Punjab Mental Hospital Lahore 1932-46 - 1932-1946
Year: 1932
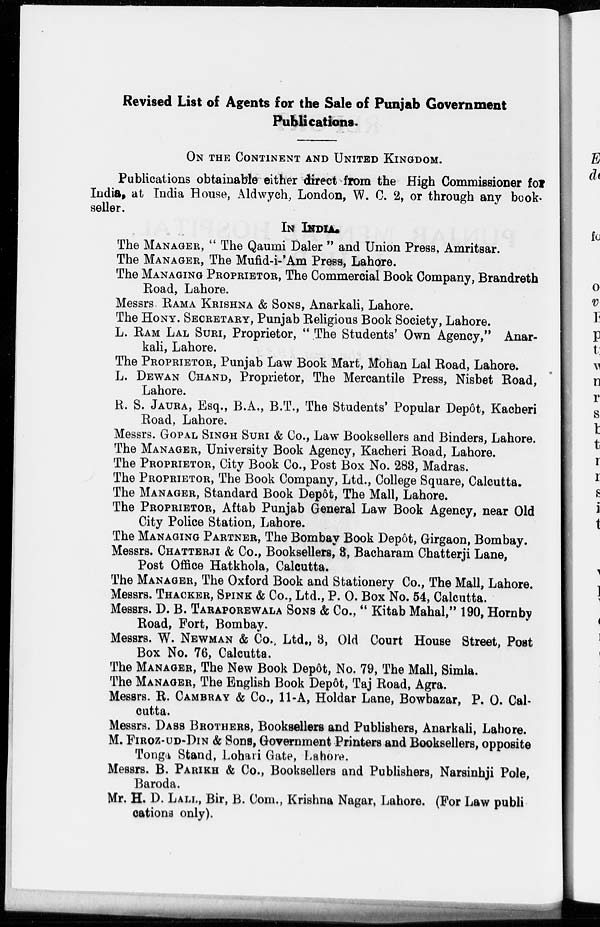
Revised List of Agents for the Sale of Punjab Government
Publications.
ON THE CONTINENT AND UNITED KINGDOM.
Publications obtainable either direct from the High Commissioner for
India, at India House, Aldwych, London, W. C. 2, or through any book-
seller.
IN INDIA.
The MANAGER, " The Qaumi Daler " and Union Press, Amritsar.
The MANAGER, The Mufid-i-'Am Press, Lahore,
The MANAGING PROPRIETOR, The Commercial Book Company, Brandreth
Road, Lahore.
Messrs. RAMA KRISHNA & SONS, Anarkali, Lahore.
The HONY. SECRETARY, Punjab Religious Book Society, Lahore.
L. RAM LAL SURI, Proprietor, " The Students' Own Agency," Anar-
kali, Lahore.
The PROPRIETOR, Punjab Law Book Mart, Mohan Lal Road, Lahore.
L. DEWAN CHAND, Proprietor, The Mercantile Press, Nisbet Road,
Lahore.
R. S. JAURA, Esq., B.A., B.T., The Students' Popular Depôt, Kacheri
Road, Lahore.
Messrs. GOPAL SINGH SURI & Co., Law Booksellers and Binders, Lahore.
The MANAGER, University Book Agency, Kacheri Road, Lahore.
The PROPRIETOR, City Book Co., Post Box No. 288, Madras.
The PROPRIETOR, The Book Company, Ltd., College Square, Calcutta.
The MANAGER, Standard Book Depôt, The Mall, Lahore.
The PROPRIETOR, Aftab Punjab General Law Book Agency, near Old
City Police Station, Lahore.
The MANAGING PARTNER, The Bombay Book Depôt, Girgaon, Bombay.
Messrs. CHATTERJI & Co., Booksellers, 3, Bacharam Chatterji Lane,
Post Office Hatkhola, Calcutta.
The MANAGER, The Oxford Book and Stationery Co., The Mall, Lahore.
Messrs. THACKER, SPINK & Co., Ltd., P. O. Box No. 54, Calcutta.
Messrs. D. B. TARAPOREWALA SONS & Co., " Kitab Mahal," 190, Hornby
Road, Fort, Bombay.
Messrs. W. NEWMAN & Co., Ltd., 3, Old Court House Street, Post
Box No. 76, Calcutta.
The MANAGER, The New Book Depôt, No. 79, The Mall, Simla.
The MANAGER, The English Book Depôt, Taj Road, Agra.
Messrs. R. CAMBRAY & Co., 11-A, Holdar Lane, Bowbazar, P. O. Cal-
cutta.
Messrs. DASS BROTHERS, Booksellers and Publishers, Anarkali, Lahore.
M. FIROZ-UD-DIN & Sons, Government Printers and Booksellers, opposite
Tonga Stand, Lohari Gate, Lahore.
Messrs. B. PARIKH & Co., Booksellers and Publishers, Narsinhji Pole,
Baroda.
Mr. H. D. LALL, Bir, B. Com., Krishna Nagar, Lahore. (For Law publi
cations only).